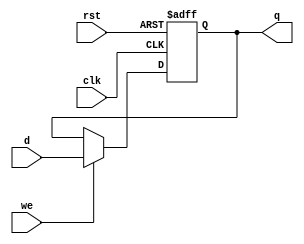
module register_we
#(
    parameter SIZE = 32
)
(
    input                       clk,
    input                       rst,
    input                       we,
    input      [ SIZE - 1 : 0 ] d,
    output reg [ SIZE - 1 : 0 ] q
);
    always @ (posedge clk or negedge rst)
        if(~rst)
            q <= { SIZE { 1'b0}};
        else
            if(we) q <= d;
endmodule